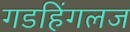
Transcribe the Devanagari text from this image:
गडहिंगलज